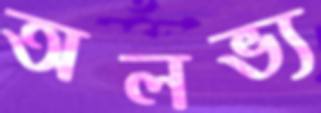
অলভ্য